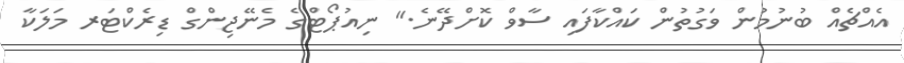
އެއްޗެއް ބުނުމުން ވަގުތުން ކައްކާފައި ސާވް ކޮށްދޭނެ." ނިއުޕޯޓްގެ މެނޭޖިންގް ޑިރެކްޓަރ މަލަކާ